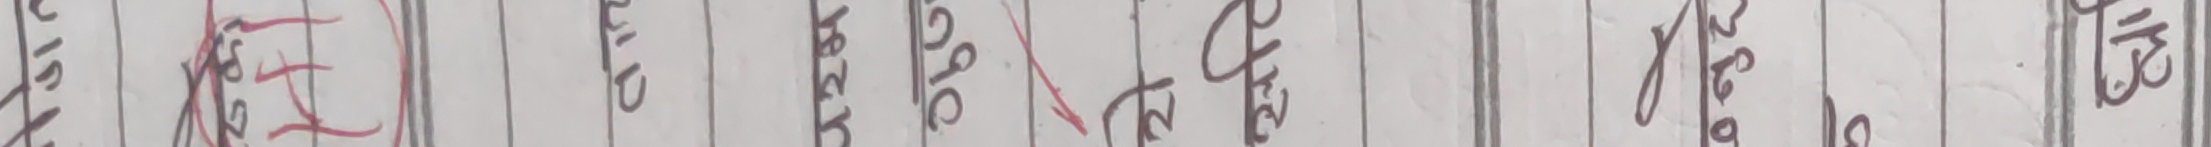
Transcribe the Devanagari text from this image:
आफ्‌नो क्षति